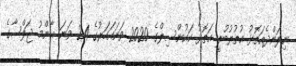
ނިލަންދެއަތޮޅު އުތުރުބުރީ އަތޮޅު ކައުންސިލްގެ 2020 ވަނައަހަރުގެ 24 ވަނަ ޢާންމު ޖަލްސާގެ